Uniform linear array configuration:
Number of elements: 64
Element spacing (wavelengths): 0.25
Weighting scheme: cosine
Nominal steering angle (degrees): -15
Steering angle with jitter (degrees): -15.982
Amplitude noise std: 0.05
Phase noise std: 0.05

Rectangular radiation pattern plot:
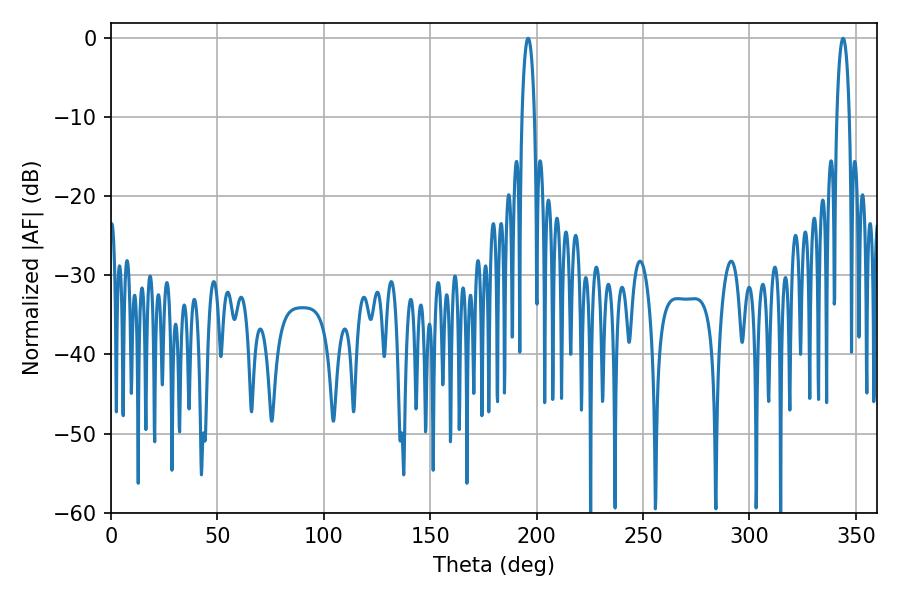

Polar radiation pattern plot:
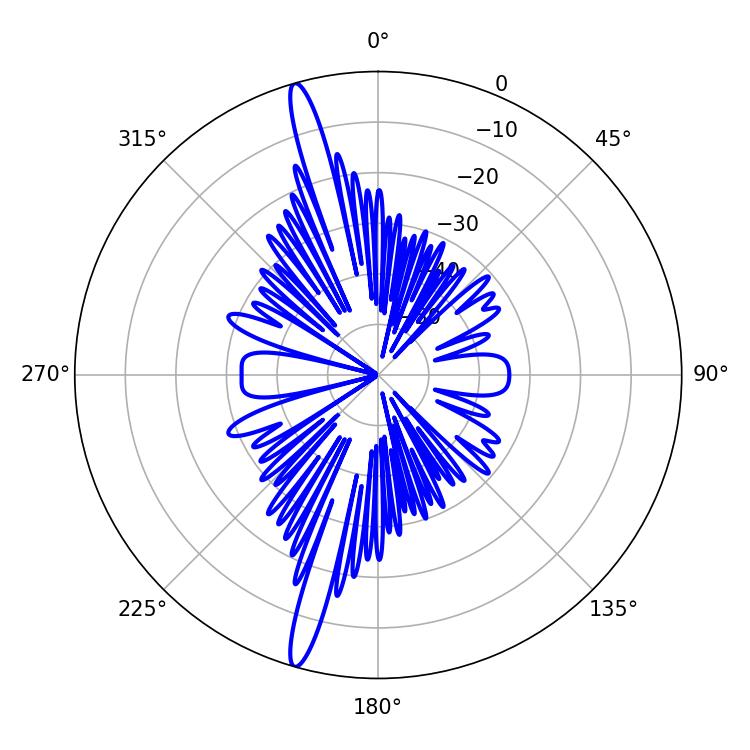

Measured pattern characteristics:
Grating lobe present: FALSE
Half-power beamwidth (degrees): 3.24
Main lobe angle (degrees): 343.98